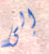
إلى